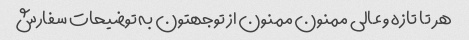
هر  تا تازه و عالی ممنون ممنون از توجهتون به توضیحات سفارش